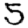
Digit: 5